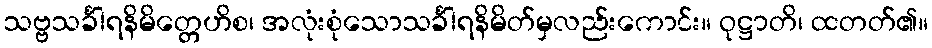
သဗ္ဗသင်္ခါရနိမိတ္တေဟိစ၊ အလုံးစုံသောသင်္ခါရနိမိတ်မှလည်းကောင်း။ ဝုဋ္ဌာတိ၊ ထတတ်၏။